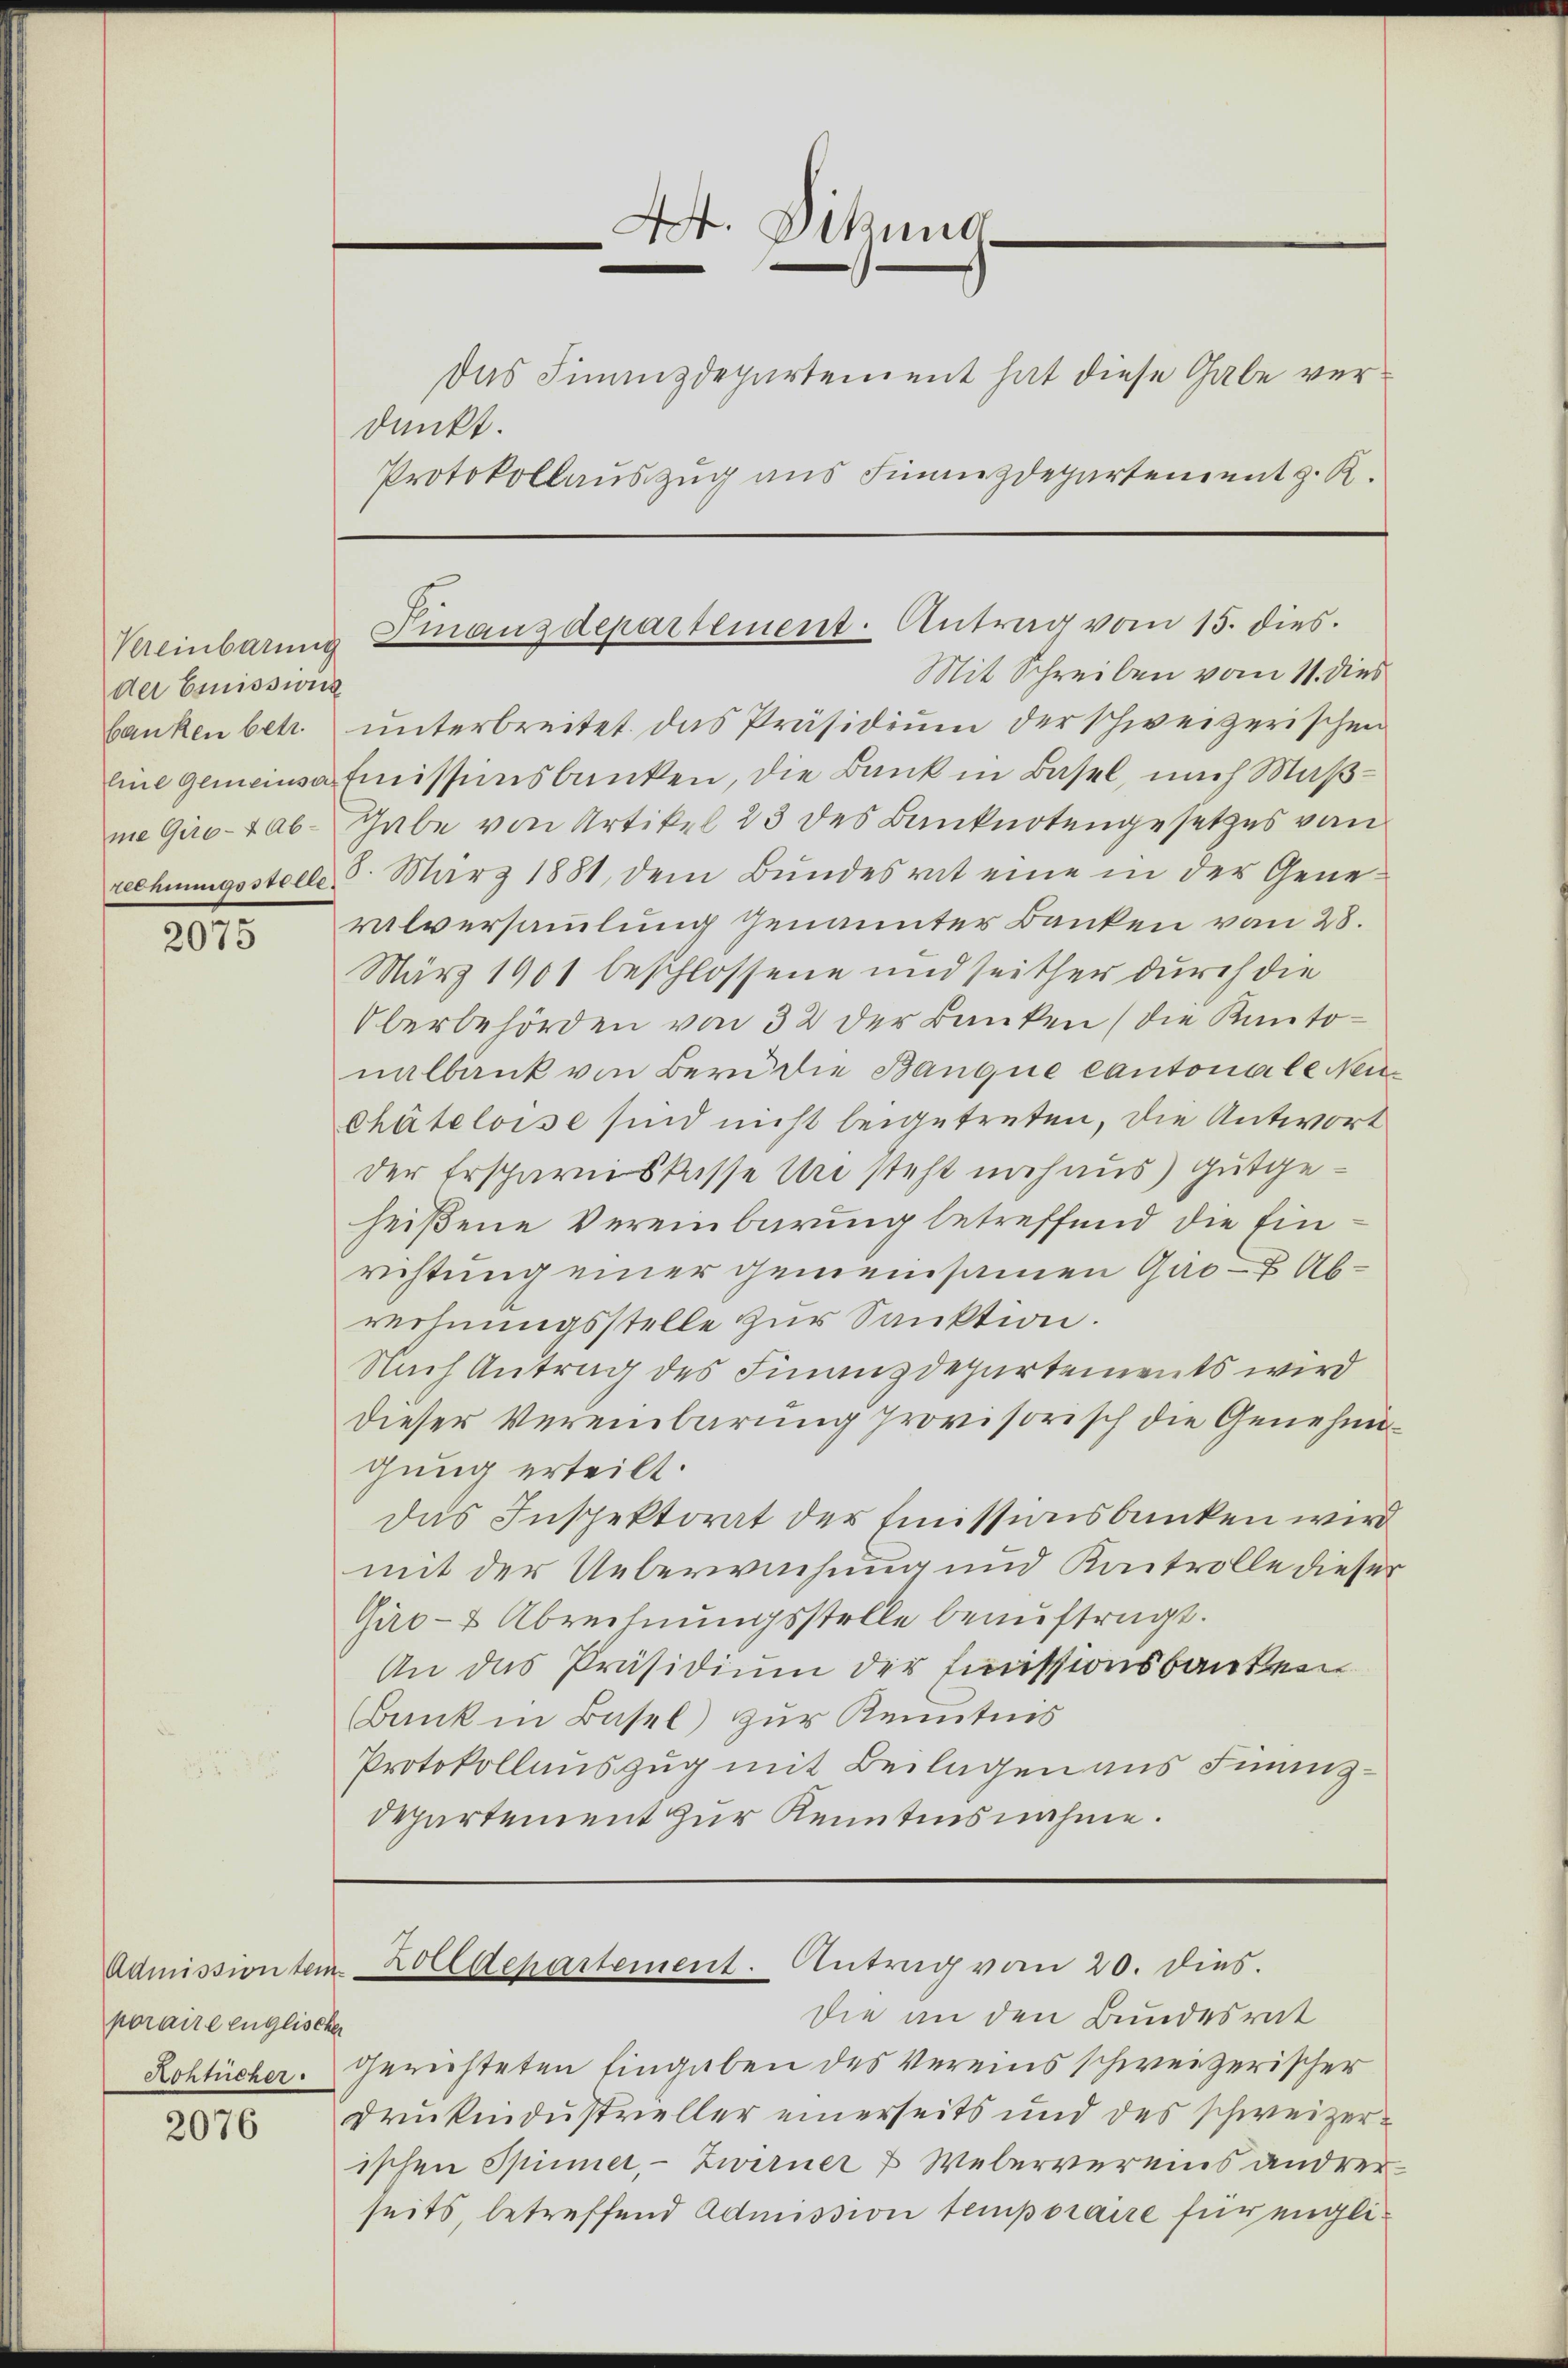
der Ernissions

2075

poraire englischer
Rohlicher.

2076

4. Sitzung
—
Das Finanzdepartement hat diese Gabe verdankt.
Protokollauszug aus Finanzdepartement z. R.

Kreinbarung Finanzdepartement. Antrag vom 15. dies
Mit Schreiben vom 11. dies

Admissiontem Zolldepartement. Antrag vom 20. dies.

banken betr. ŭnterbreitet das Präsidiŭm der schweizerischen
line gemeinsa Emissinsbanken, die Bank in Basel, nach Maßme Quo-4ab-Thabe von Artikel 23 des Banknotengesetzes von
rechnungsstelle 3. März 1881 dem Bŭndesrat eine in der Gene-
ralversammlung genannter Banken von 28.
März 1901 beschlossene und seither durch die
Überbehörden von 32 der Banken (die Kantonalbank von Bern die Banque cantonale Neu¬
Chäteloise sind nicht beigetreten, die Antwort
der Ersparniskasse Ure steht noch aus) gutgeheißene Vereinbarung betreffend die Einrichtung einer gemeinsamen Gio- Abrechnungsstelle zur Sanktion.
Nach Antrag des Finanzdepartements wird
dieser Vereinbarung provisorisch die Genehmigung erteilt.
das Inspektorat der Emissionsbanken wird
mit der Ueberwachung und Kontrolle dieser
Gio- & Abrechnungsstelle beauftragt.
An das Präsidium der Emissionsbanken.
(Bank in Basel zur Kenntnis
Protokollauszug mit Beilagen aus Finanzdepartement zur Kenntnisnahme.

Die an den Bundesrat
gerichteten Eingaben des Vereins schweizerischer
Drukindustrieller einerseits und des schweizerischen Spinner, - Zwerner & Webervereins andrer
seits, betreffend Admission temporaire für engli¬